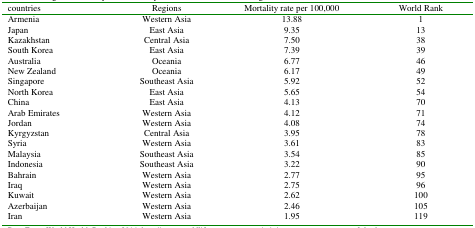
<table><thead><tr><td><b>countries</b></td><td><b>Regions</b></td><td><b>Mortality rate per 100,000</b></td><td><b>World Rank</b></td></tr></thead><tbody><tr><td>Armenia</td><td>Western Asia</td><td>13.88</td><td>1</td></tr><tr><td>Japan</td><td>East Asia</td><td>9.35</td><td>13</td></tr><tr><td>Kazakhstan</td><td>Central Asia</td><td>7.50</td><td>38</td></tr><tr><td>South Korea</td><td>East Asia</td><td>7.39</td><td>39</td></tr><tr><td>Australia</td><td>Oceania</td><td>6.77</td><td>46</td></tr><tr><td>New Zealand</td><td>Oceania</td><td>6.17</td><td>49</td></tr><tr><td>Singapore</td><td>Southeast Asia</td><td>5.92</td><td>52</td></tr><tr><td>North Korea</td><td>East Asia</td><td>5.65</td><td>54</td></tr><tr><td>China</td><td>East Asia</td><td>4.13</td><td>70</td></tr><tr><td>Arab Emirates</td><td>Western Asia</td><td>4.12</td><td>71</td></tr><tr><td>Jordan</td><td>Western Asia</td><td>4.08</td><td>74</td></tr><tr><td>Kyrgyzstan</td><td>Central Asia</td><td>3.95</td><td>78</td></tr><tr><td>Syria</td><td>Western Asia</td><td>3.61</td><td>83</td></tr><tr><td>Malaysia</td><td>Southeast Asia</td><td>3.54</td><td>85</td></tr><tr><td>Indonesia</td><td>Southeast Asia</td><td>3.22</td><td>90</td></tr><tr><td>Bahrain</td><td>Western Asia</td><td>2.77</td><td>95</td></tr><tr><td>Iraq</td><td>Western Asia</td><td>2.75</td><td>96</td></tr><tr><td>Kuwait</td><td>Western Asia</td><td>2.62</td><td>100</td></tr><tr><td>Azerbaijan</td><td>Western Asia</td><td>2.46</td><td>105</td></tr><tr><td>Iran </td><td>Western Asia</td><td>1.95</td><td>119</td></tr></tbody></table>